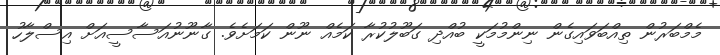
މެމްބަރުން ތިއްބަވައިގެން ނިންމުމަކީ ބުއްދި ގަބޫލުކުރާ ކަމެއް ނޫން ކަމަށެވެ. ގާނޫނުއަސާސީއަށް އިސްލާހު